Kominterni_Eesti_sektsioon_Moskvas, lk 4
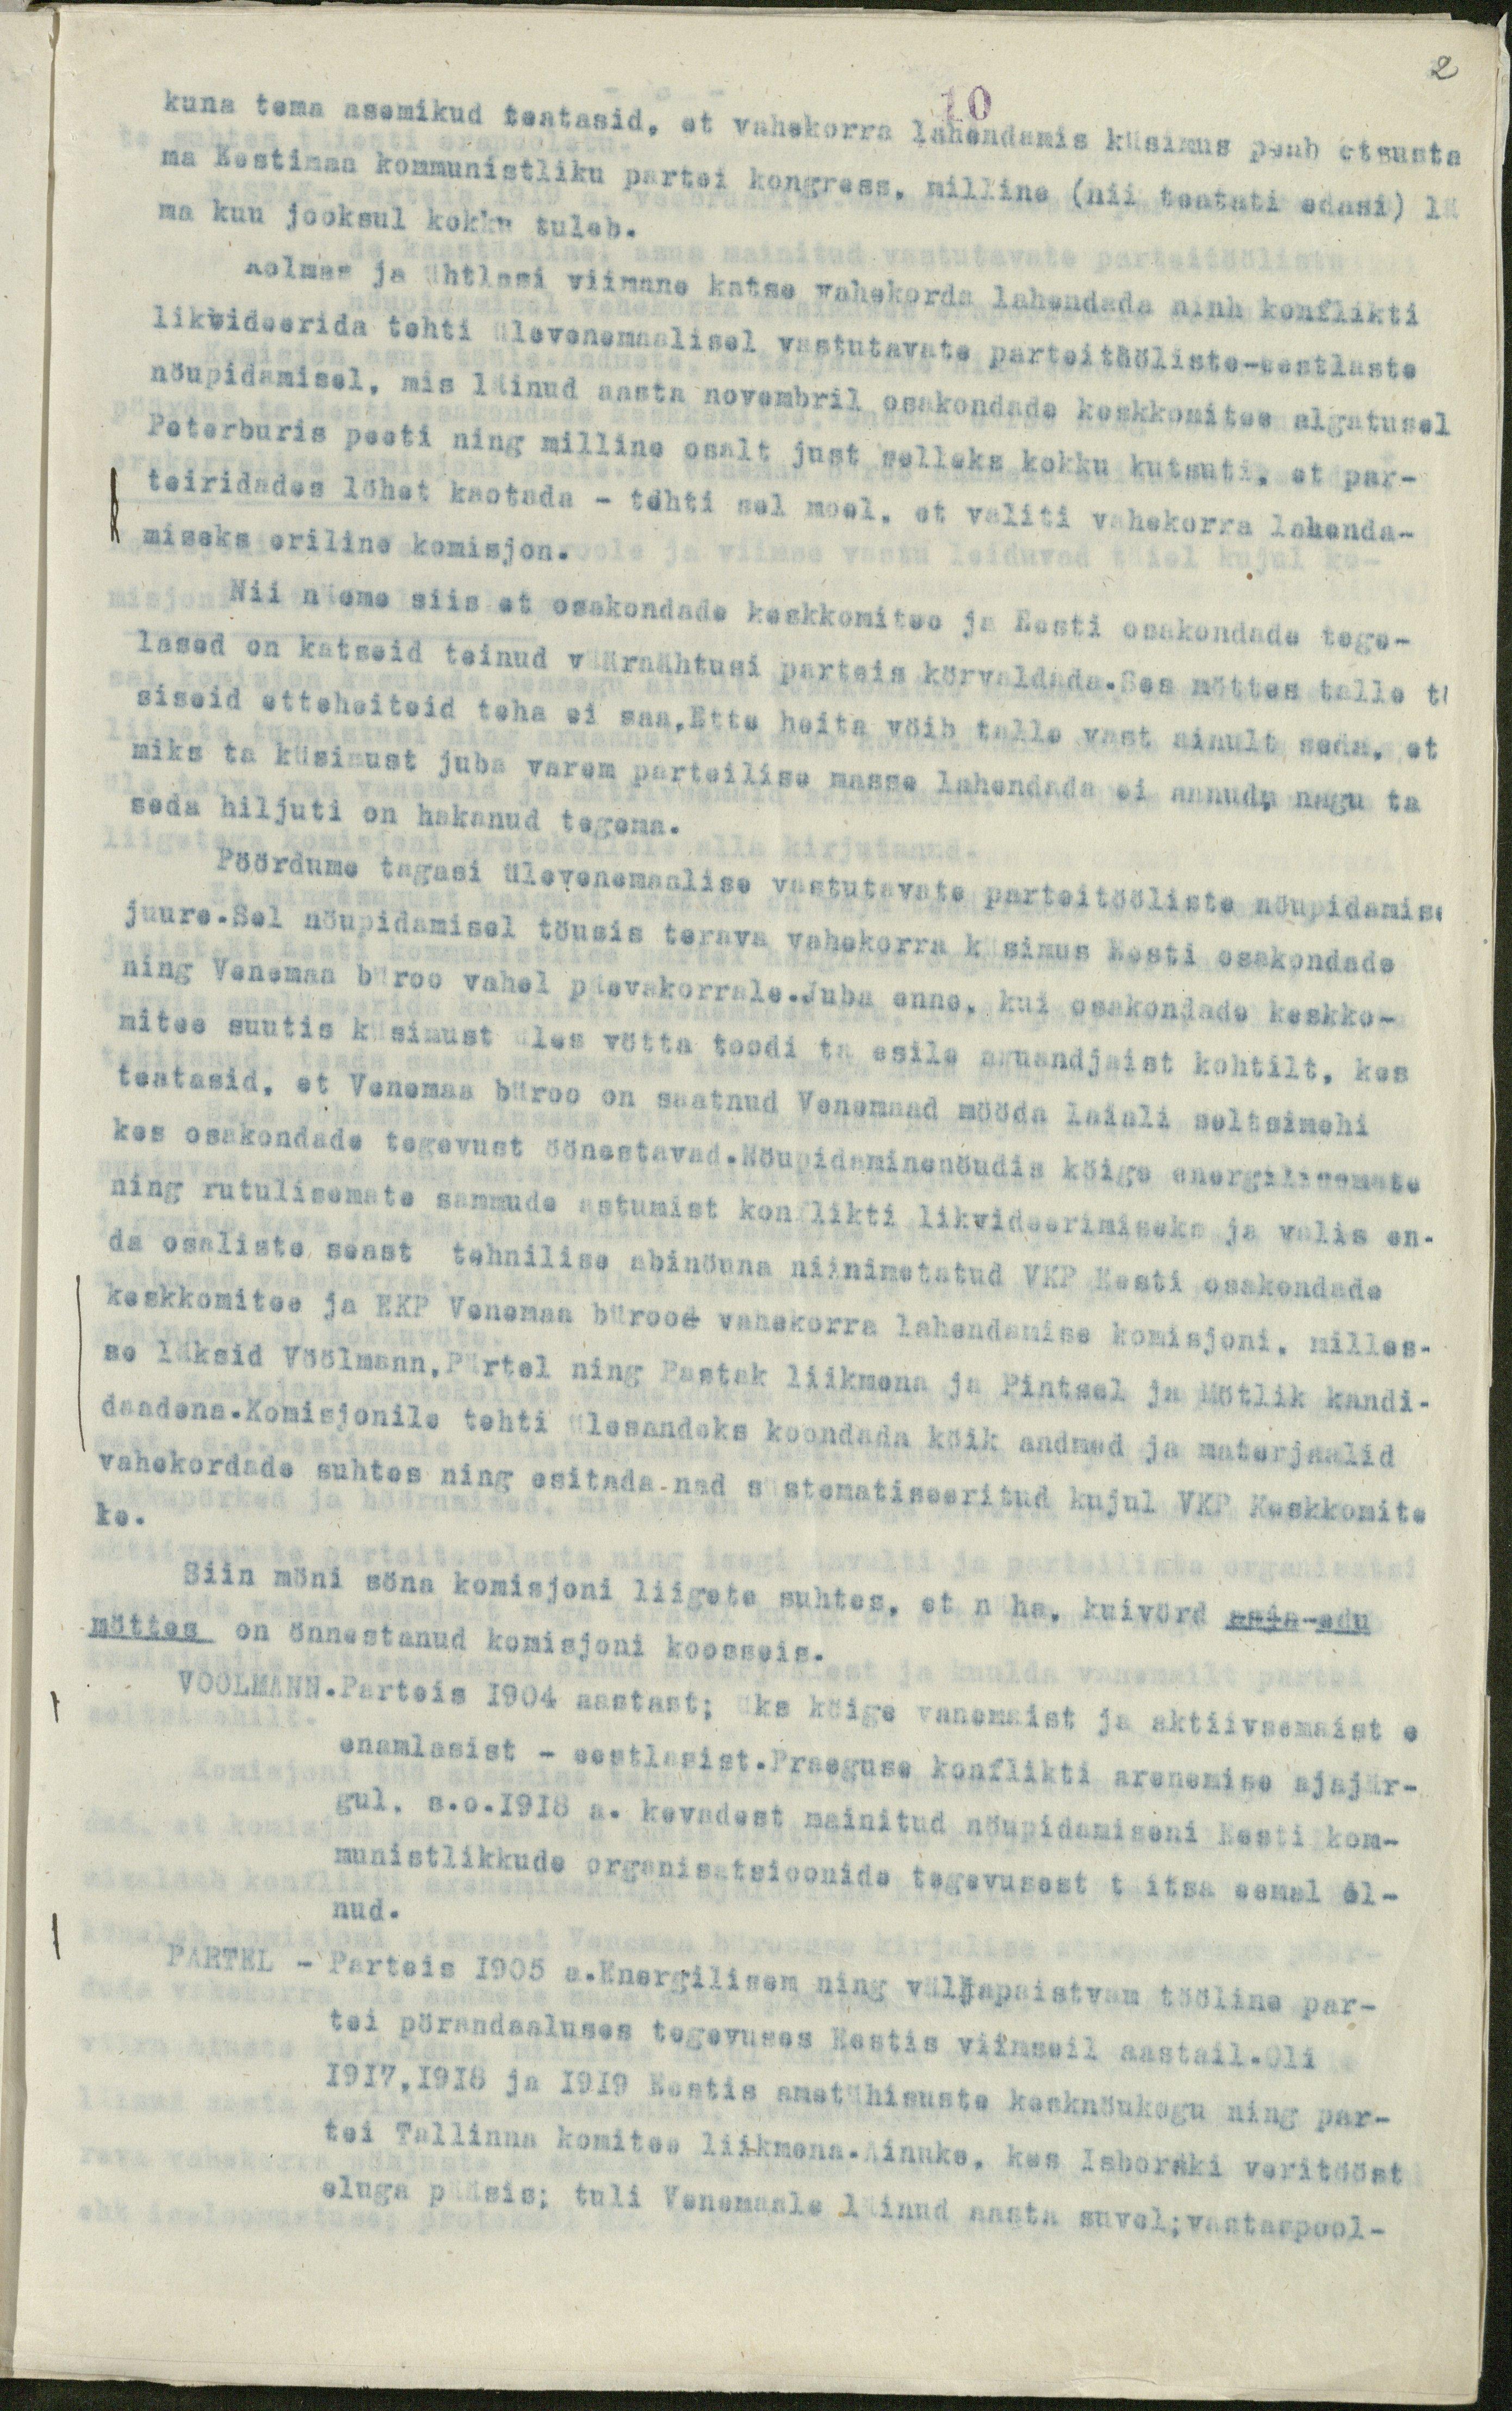
2

kuna tema asemikud teatasid, et vahekorra lähendamis küsimus peab otsusta
10
ma Eestimaa kommunistliku partei kongress, milline (nii teatati edasi) lä
ma kuu jooksul kokku tuleb.
Kolmas ja ühtlasi viimane katse vahekorda lahendada ninh konflikti
likvideerida tehti ülevenemaalisel vastutavate parteitööliste-eestlaste
nöupidamisel, mis läinud aasta novembril osakondade keskkomitee algatusel
Peterburis peeti ning milline osalt just selleks kokku kutsuti, et par-
teiridades löhet kaotada - tehti sel moel, et valiti vahekorra lahenda-
miseks eriline komisjon.
Nii näeme siis et osakondade keskkomitee ja Eesti osakondade tege-
lased on katseid teinud väärnähtusi parteis körvaldada.Ses mõttes talle tö
siseid etteheiteid teha ei saa.Ette heita vöib talle vast ainult seda, et
miks ta küsimust juba varem parteilise masse lahendada ei annud, nagu ta
seda hiljuti on hakanud tegema.
Pöördume tagasi ülevenemaalise vastutavate parteitööliste nöupidamise
juure.Sel nöupidamisel töusis terava vahekorra küsimus Eesti osakondade
ning Venemaa büroo vahel päevakorrale.Juba enne, kui osakondade keskko-
mitee suutis küsimust üles vötta toodi ta esile aruandjaist kohtilt, kes
teatasid, et Venemaa büroo on saatnud Venemaad mööda laiali seltsimehi
kes osakondade tegevust öönestavad.Nöupidaminenöudis köige energilisemate
ning rutulisemate sammude astumist konflikti likvideerimiseks ja valis en-
da osaliste seast tehnilise abinöuna niinimetatud VKP Eesti osakondade
keskkomitee ja EKP Venemaa bürood vahekorra lahendamise komisjoni, milles-
se läksid Vöölmann,Pärtel ning Pastak liikmana ja Pintsel ja Mötlik kandi-
daadena. Komisjonile tehti ülesandeks koondada köik andmed ja materjaalid
vahekordade suhtes ning esitada nad süstematiseeritud kujul VKP Keskomite
le.
Siin möni söna komisjoni liigete suhtes, et näha, kuivörd asja adu
möttes on önnestanud komisjoni koosseis.
VOOLMANN.Parteis 1904 aastast; üks köige vanemaist ja aktiivsemaist e
enamlasist - eestlasist. Praeguse konflikti arenemise ajajär-
gul. s.o.1918 a. kevadest mainitud nöupidamiseni Eesti kom-
munistlikkude organisatsioonide tegevusest täitsa eemal ol-
nud.
PARTEL - Parteis 1905 a.Energilisem ning väljapaistvam tööline par-
tei pörandaaluses tegevuses Eestis viimseil aastail.Oli
1917,1918 ja 1919 Eestis ametühisuste kasknöukogu ning par-
tei Tallinna komitee liikmena.Ainuke, kes Isborski veritööst
eluga pääsis; tuli Venemaale läinud aasta suvel; vastaspool-